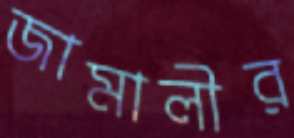
জামালীর